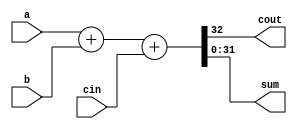
////////////////////////////////////////////////////////////////////////////////
//                              ARM Architecture:	                    		      //	
// 		                        Instruction_Fetch Stage		                        //
// Revision by: Erfan Iravani								                                         //
////////////////////////////////////////////////////////////////////////////////

module adder_32bit (a , b, cin, cout, sum);
  input [31:0] a, b;
  input cin;
  output cout;
  output [31:0] sum;
  
  assign {cout, sum} = a + b + cin;
  
endmodule